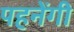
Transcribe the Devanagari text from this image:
पहनेंगी